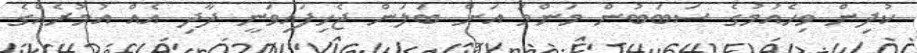
ކުދިން ވިހެއުމުގެ ސަބަބުން މަންމަ އަށް ބަލަން ޖެހިފައިވަނީ ދާދި އެއް އުމުރެއްގެ